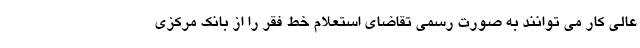
عالی کار می توانند به صورت رسمی تقاضای استعلام خط فقر را از بانک مرکزی